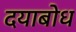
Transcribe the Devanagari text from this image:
दयाबोध